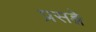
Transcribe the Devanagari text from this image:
प्रसङ्गे